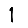
Digit: 1